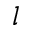
l